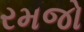
રમજો